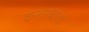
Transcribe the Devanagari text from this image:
करण्य़ाचा